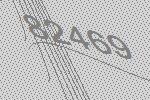
82469